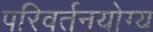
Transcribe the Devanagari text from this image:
परिवर्तनयोग्य